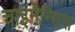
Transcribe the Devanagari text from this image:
चाइनेन्सिस